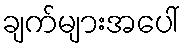
ချက်များအပေါ်